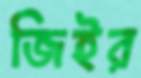
জিইর